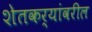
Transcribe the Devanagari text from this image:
शेतकर्यांवरील